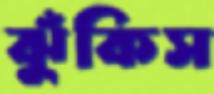
ঝুঁকিস